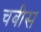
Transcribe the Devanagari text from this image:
चबीस